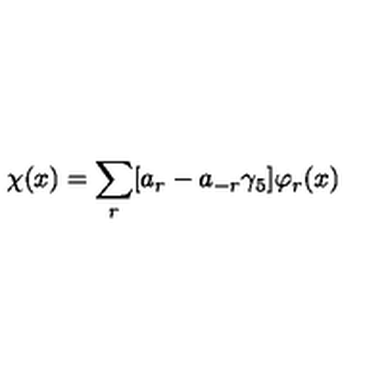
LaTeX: \chi ( x ) = \sum _ { r } [ a _ { r } - a _ { - r } \gamma _ { 5 } ] \varphi _ { r } ( x )